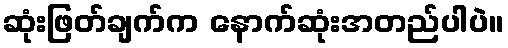
ဆုံးဖြတ်ချက်က နောက်ဆုံးအတည်ပါပဲ။